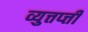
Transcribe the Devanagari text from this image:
व्युत्तप्त्ती